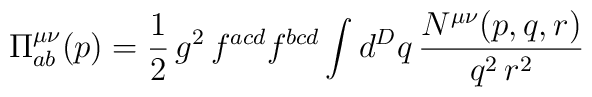
\Pi^{\mu\nu}_{ab}(p) = \frac{1}{2}\,g^2\,f^{acd}f^{bcd}\int d^Dq\,\frac{N^{\mu\nu}(p,q,r)}{q^2\,r^2}